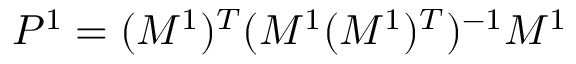
P ^ { 1 } = ( M ^ { 1 } ) ^ { T } ( M ^ { 1 } ( M ^ { 1 } ) ^ { T } ) ^ { - 1 } M ^ { 1 }